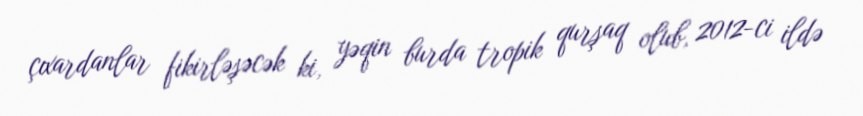
çıxardanlar fikirləşəcək ki, yəqin burda tropik qurşaq olub, 2012-ci ildə